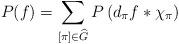
LaTeX: \begin{align*}P(f)=\sum_{[\pi]\in\widehat{G}}P \left( d_\pi f\ast\chi_\pi \right)\end{align*}